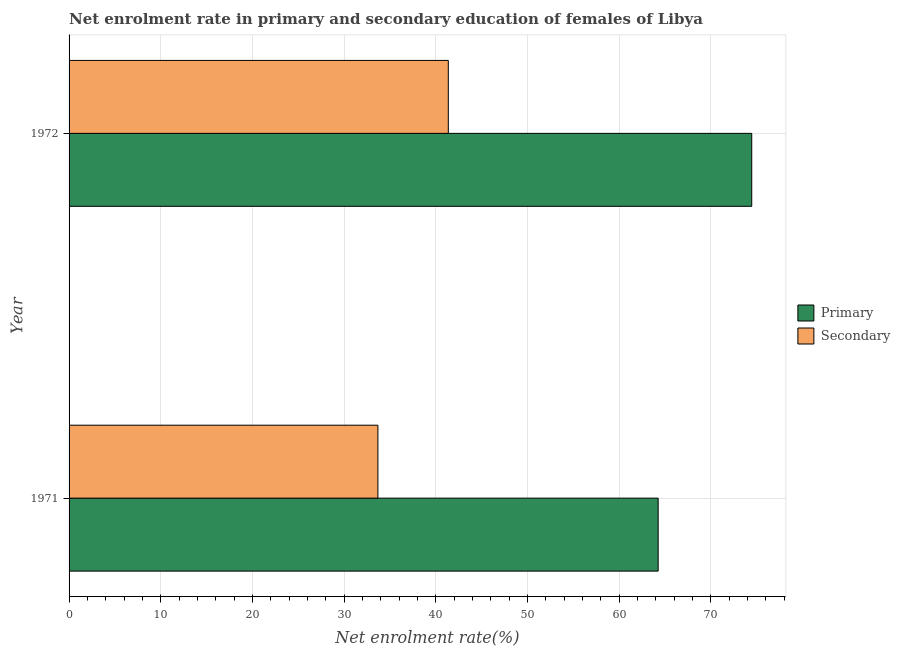
| Year | Primary | Secondary |
 | --- | --- | --- |
 | 1971 | 64.3 | 33.7 |
 | 1972 | 74.5 | 41.4 |